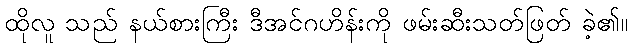
ထိုလူ သည် နယ်စားကြီး ဒီအင်ဂဟိန်းကို ဖမ်းဆီးသတ်ဖြတ် ခဲ့၏။